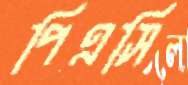
পিএসি